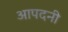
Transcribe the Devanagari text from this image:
आपदनी